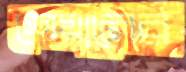
শেয়ালের